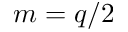
m = q / 2